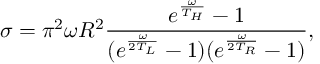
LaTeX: \sigma = \pi ^ { 2 } \omega R ^ { 2 } \frac { e ^ { \frac { \omega } { T _ { H } } } - 1 } { ( e ^ { \frac { \omega } { 2 T _ { L } } } - 1 ) ( e ^ { \frac { \omega } { 2 T _ { R } } } - 1 ) } ,